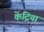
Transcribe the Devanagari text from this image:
केंद्रिया